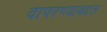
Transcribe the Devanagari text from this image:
वापरण्याबद्दल